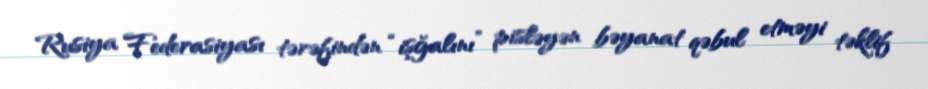
Rusiya Federasiyası tərəfindən “işğalını” pisləyən bəyanat qəbul etməyi təklif